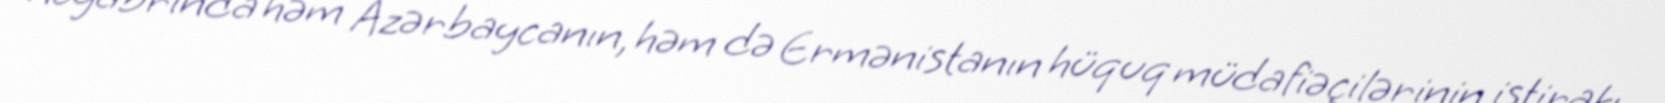
noyabrında həm Azərbaycanın, həm də Ermənistanın hüquq müdafiəçilərinin iştirakı